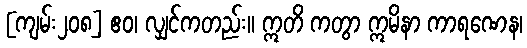
[ကျမ်း၂၀၈] ဧဝ၊ လျှင်ကတည်း။ ဣတိ ကတွာ ဣမိနာ ကာရဏေန၊